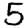
Digit: 5